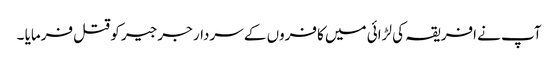
آپ نے افریقہ کی لڑائی میں کافروں کے سردار جرجیر کو قتل فرمایا ۔